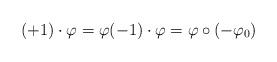
LaTeX: \begin{align*}(+1)\cdot \varphi = \varphi (-1) \cdot \varphi = \varphi \circ (-\varphi_0)\end{align*}